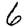
Digit: 6